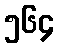
၅၆၄